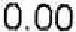
0.00